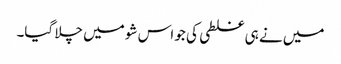
میں نے ہی غلطی کی جو اس شو میں چلا گیا۔